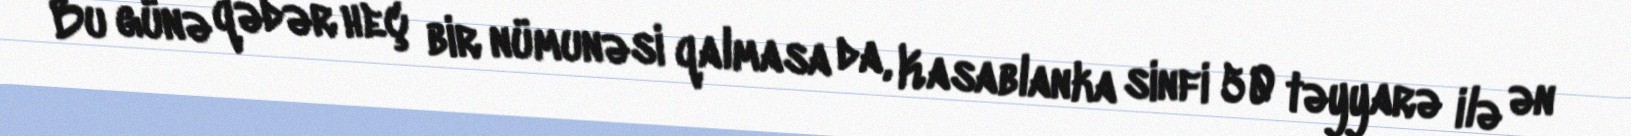
Bu günə qədər heç bir nümunəsi qalmasa da, Kasablanka sinfi 50 təyyarə ilə ən